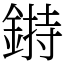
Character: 𨨲